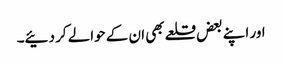
اور اپنے بعض قلعے بھی ان کے حوالے کر دئیے۔